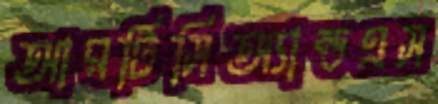
আরটিসিঅ্যান্ডএস